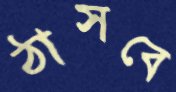
ঠাসবে